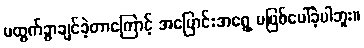
မထွက်ခွာချင်ခဲ့တာကြောင့် အပြောင်းအရွေ့ မဖြစ်ပေါ်ခဲ့ပါဘူး။